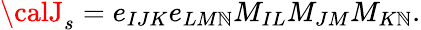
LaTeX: {\calJ}_{s}=e_{IJK}e_{LM\mathbb{N}}M_{IL}M_{JM}M_{K\mathbb{N}}.